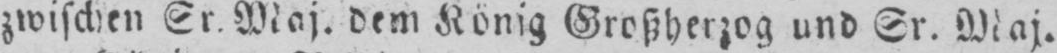
zwischen Sr. Maj. dem König Großherzog und Sr. Maj.